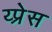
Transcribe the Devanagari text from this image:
य्प्रेस